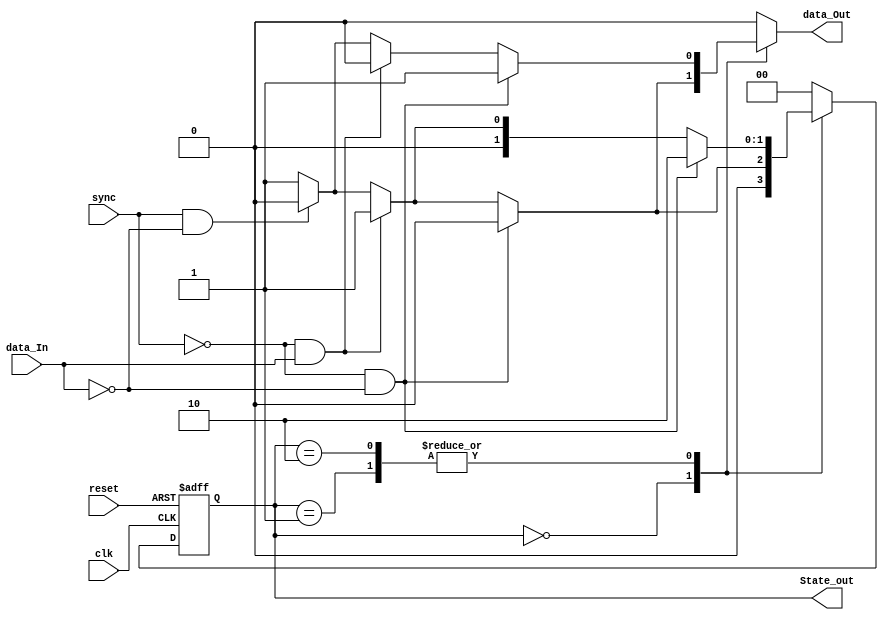
module Twos_Complementer_Mealy (
  input clk, reset,
  input sync, data_In,
  output reg data_Out,
  output [1:0] State_out
  );

  // State the variable declarations for the flip flop states
  reg [1:0] present_state = 0;
  reg [1:0] next_state = 0;

  // Binary Assignment of states
  parameter [1:0]
    State_0 = 2'b00,
    State_1 = 2'b01,
    State_2 = 2'b10;

    // Output present state binary
    assign State_out = present_state;

    // Register generation (D flip flops)
    always @(posedge clk or posedge reset)
      begin : register_generation
        if (reset)
        present_state <= State_0;
        else
        present_state <= next_state;
      end

    // Next State Logic
    always @(present_state or data_In or sync)
      begin : next_state_logic
        // Default state assignment; use don't cares
        next_state <= 2'b00;
        // Default output assignment
        data_Out <= 0;

        case (present_state)
          State_0:
            begin
              // List all input conditions
              if (!sync & !data_In) begin
                next_state <= State_0;
                data_Out <= 0;
                end
              else if (!sync & data_In) begin
                next_state <= State_1;
                data_Out <= 1;
                end
              else if (sync & !data_In) begin
                next_state <= State_0;
                data_Out <= 0;
                end
              else begin
                next_state <= State_1;
                data_Out <= 1;
                end
            end
          State_1:
            begin
              // List all input conditions
              if (!sync & !data_In) begin
                next_state <= State_2;
                data_Out <= 1;
                end
              else if (!sync & data_In) begin
                next_state <= State_1;
                data_Out <= 0;
                end
              else if (sync & !data_In) begin
                next_state <= State_0;
                data_Out <= 0;
                end
              else begin
                next_state <= State_1;
                data_Out <= 1;
                end
            end
          State_2:
            begin
              // List all input conditions
              if (!sync & !data_In) begin
                next_state <= State_2;
                data_Out <= 1;
                end
              else if (!sync & data_In) begin
                next_state <= State_1;
                data_Out <= 0;
                end
              else if (sync & !data_In) begin
                next_state <= State_0;
                data_Out <= 0;
                end
              else begin
                next_state <= State_1;
                data_Out <= 1;
                end
            end

          default:
            next_state <= State_0; // necessary to prevent warnings about uncovered states
        endcase

      end

endmodule